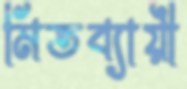
মিতব্যায়ী